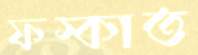
ফস্‌কাত